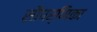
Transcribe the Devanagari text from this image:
सौपर्णिका